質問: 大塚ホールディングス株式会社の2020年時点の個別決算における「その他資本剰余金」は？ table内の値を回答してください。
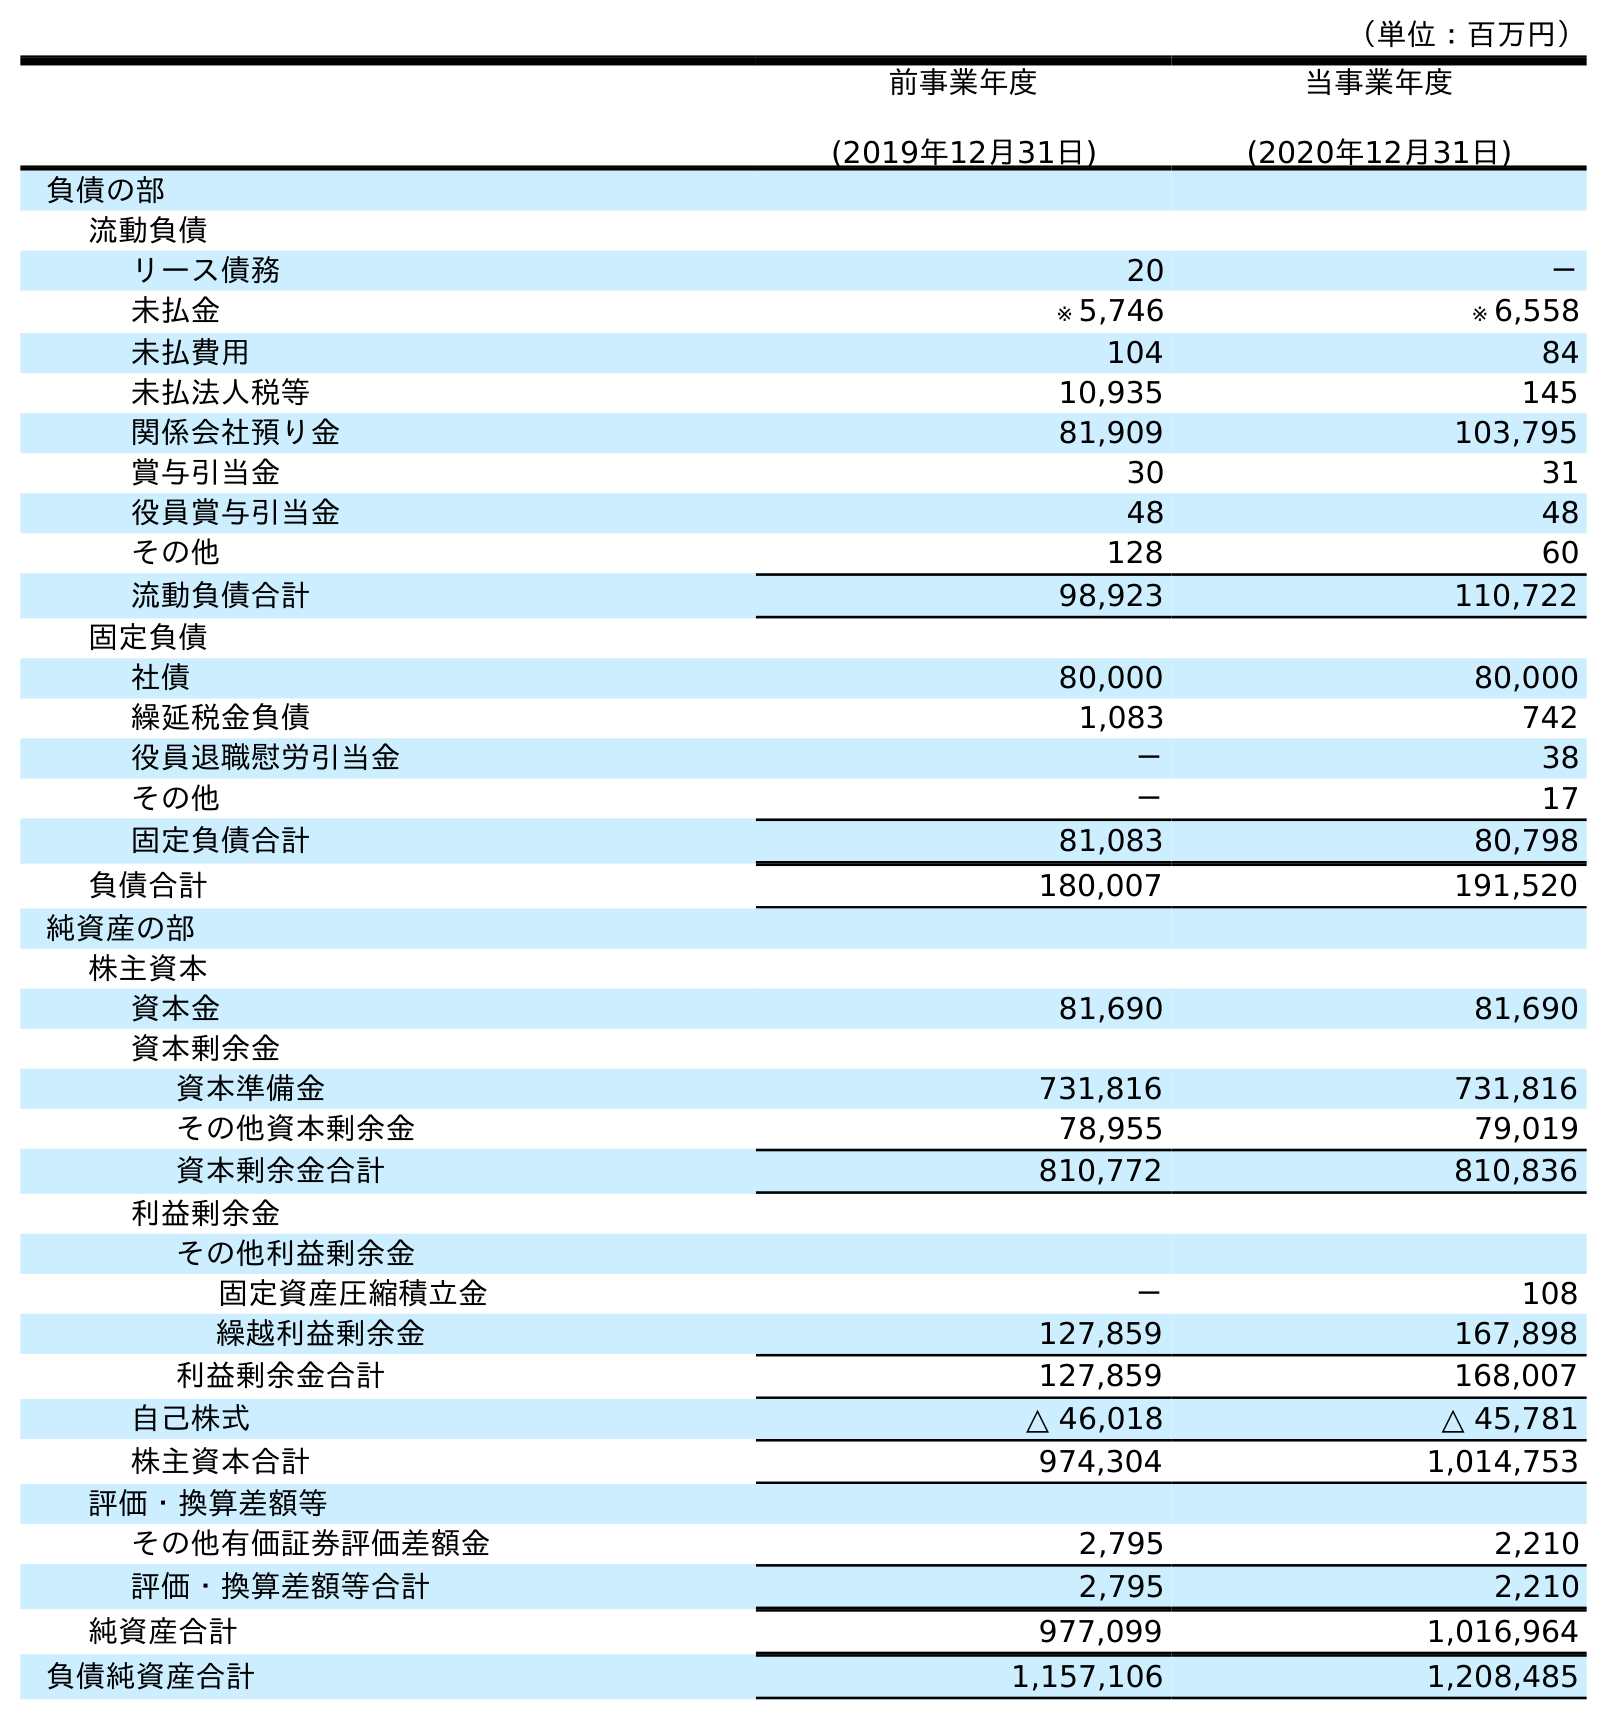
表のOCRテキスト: （単位：百万円） 前事業年度 (2019年12月31日) 当事業年度 (2020年12月31日) 負債の部 流動負債 リース債務 20 － 未払金 ※ 5,746 ※ 6,558 未払費用 104 84 未払法人税等 10,935 145 関係会社預り金 81,909 103,795 賞与引当金 30 31 役員賞与引当金 48 48 その他 128 60 流動負債合計 98,923 110,722 固定負債 社債 80,000 80,000 繰延税金負債 1,083 742 役員退職慰労引当金 － 38 その他 － 17 固定負債合計 81,083 80,798 負債合計 180,007 191,520 純資産の部 株主資本 資本金 81,690 81,690 資本剰余金 資本準備金 731,816 731,816 その他資本剰余金 78,955 79,019 資本剰余金合計 810,772 810,836 利益剰余金 その他利益剰余金 固定資産圧縮積立金 － 108 繰越利益剰余金 127,859 167,898 利益剰余金合計 127,859 168,007 自己株式 △ 46,018 △ 45,781 株主資本合計 974,304 1,014,753 評価・換算差額等 その他有価証券評価差額金 2,795 2,210 評価・換算差額等合計 2,795 2,210 純資産合計 977,099 1,016,964 負債純資産合計 1,157,106 1,208,485
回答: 79,019